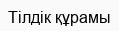
Тілдік құрамы